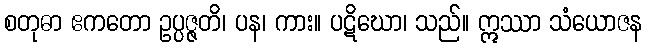
စတုဓာ ဧကတော ဥပ္ပဇ္ဇတိ၊ ပန၊ ကား။ ပဋိဃော၊ သည်။ ဣဿာ သံယောဇန